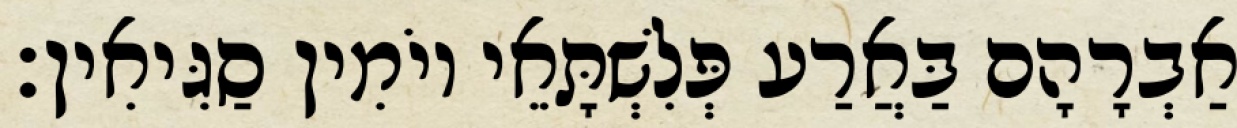
אַבְרָהָם בַּאֲרַע פְּלִשְׁתָּאֵי יוֹמִין סַגִּיאִין׃